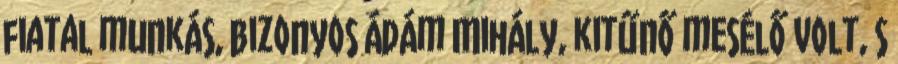
fiatal munkás, bizonyos Ádám Mihály, kitűnő mesélő volt, s